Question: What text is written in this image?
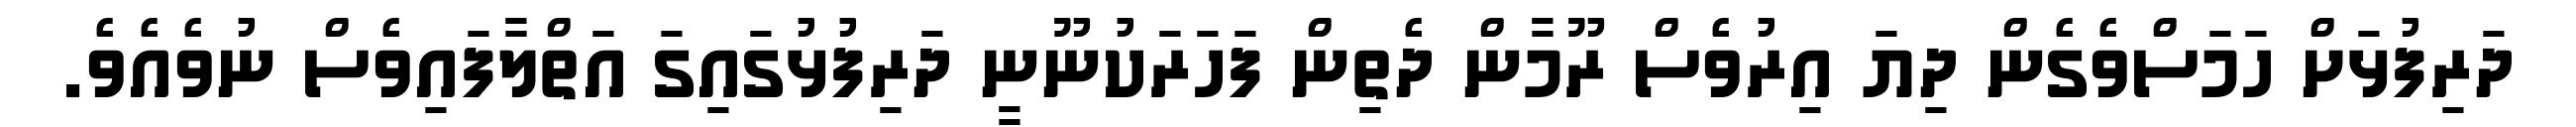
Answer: ދަރިފުޅަށް ހަމަސްވެގެން ދިޔަ އިރުވެސް ރޫމާން ދެތިން ފަހަރަކުނޫނީ ދަރިފުޅުގައިގަ އަތްލާފައިވެސް ނުވެއެވެ.